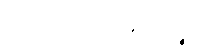
ဟောတိ၊ ဖြစ်၏။ ပဉ္စဟိ၊